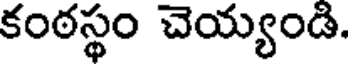
కంఠస్థం చెయ్యండి.